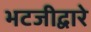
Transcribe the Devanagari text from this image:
भटजीद्वारे